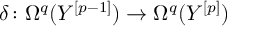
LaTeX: \delta \colon \Omega ^ { q } ( Y ^ { [ p - 1 ] } ) \to \Omega ^ { q } ( Y ^ { [ p ] } )